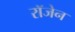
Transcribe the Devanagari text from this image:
रॉजेन